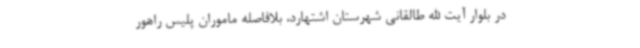
در بلوار آیت الله طالقانی شهرستان اشتهارد، بلافاصله ماموران پلیس راهور